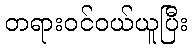
တရားဝင်ဝယ်ယူပြီး